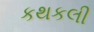
કથકલી